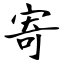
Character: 寄